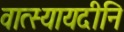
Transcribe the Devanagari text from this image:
वात्स्यायदीनि